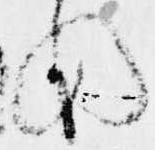
の